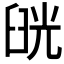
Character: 𦥰